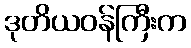
ဒုတိယဝန်ကြီးက